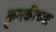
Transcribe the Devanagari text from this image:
कुमकीच्या